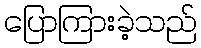
ပြောကြားခဲ့သည်